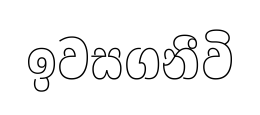
ඉවසගනීවි